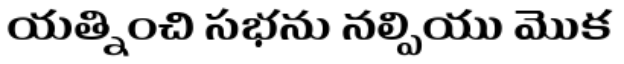
యత్నించి సభను నల్పియు మొక